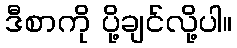
ဒီစာကို ပို့ချင်လို့ပါ။